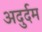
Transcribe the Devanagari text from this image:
अदुर्दम